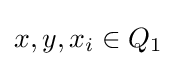
x,y,x_{i}\in Q_{1}